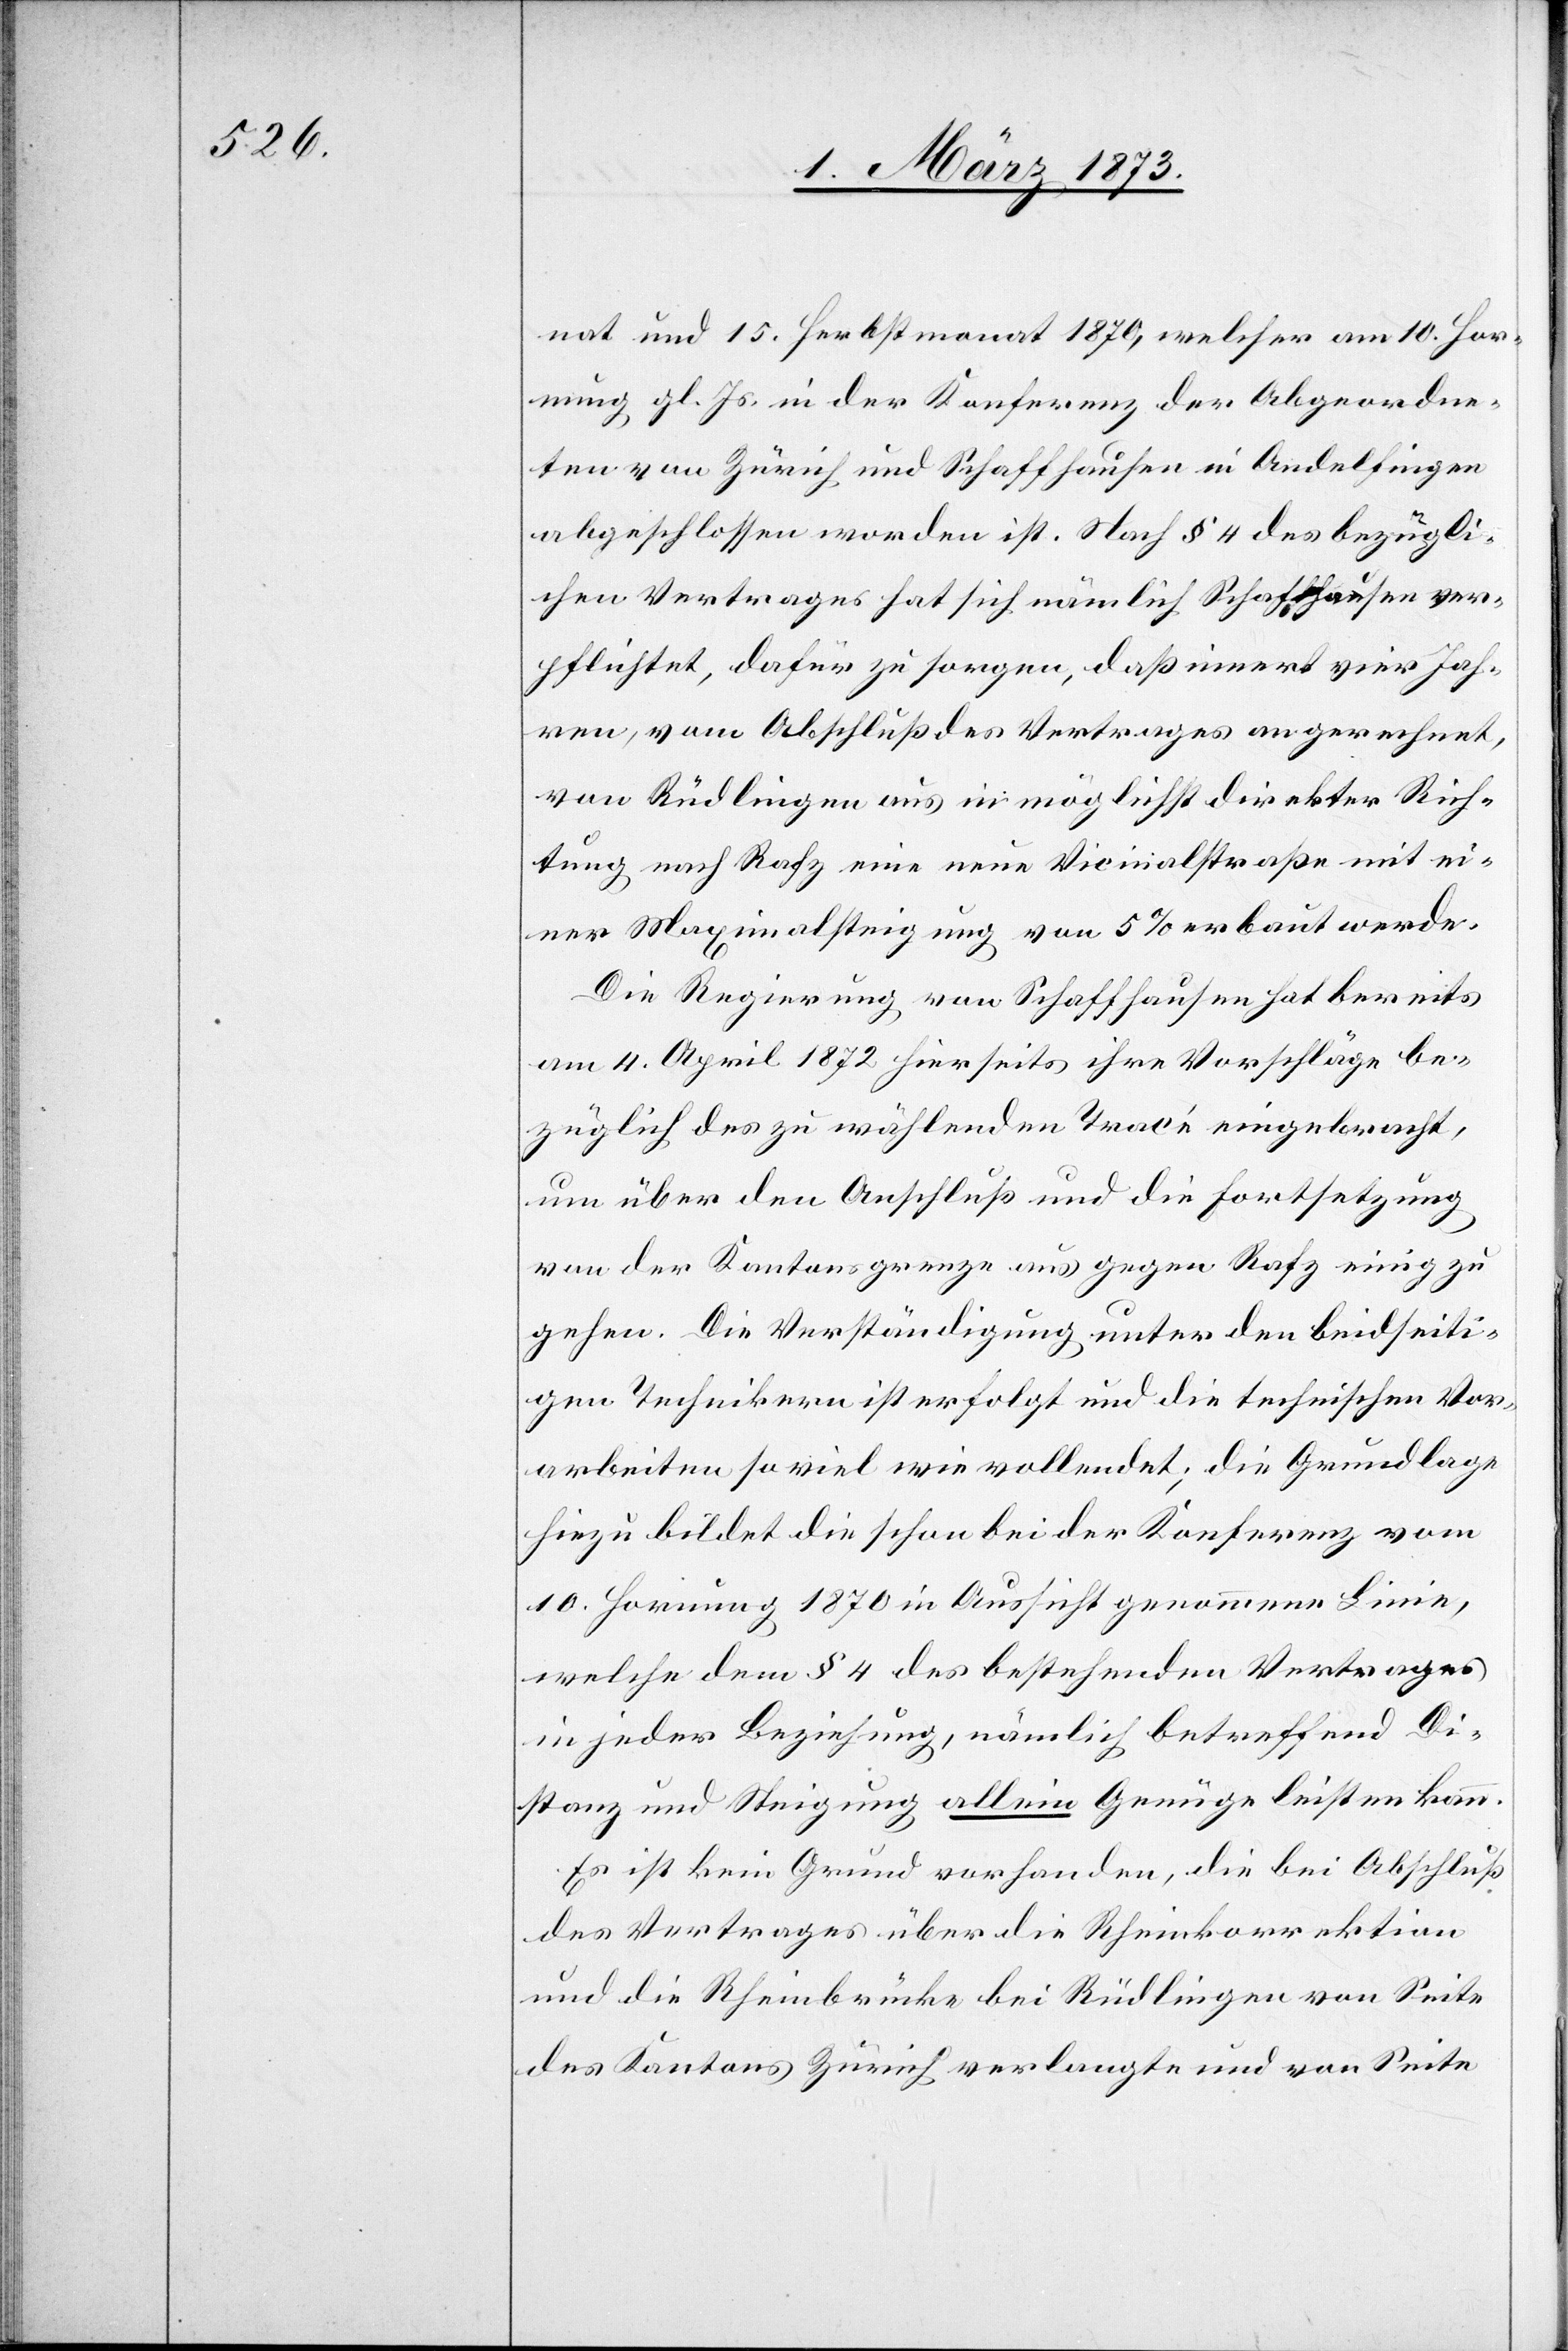
nat und 15. Herbstmonat 1870, welcher am 10. Hor¬
nung gl. Js. in der Konferenz der Abgeordne¬
ten von Zürich und Schaffhausen in Andelfingen
abgeschlossen worden ist. Nach § 4 des bezügli¬
chen Vertrages hat sich nämlich Schaffhausen ver¬
pflichtet, dafür zu sorgen, daß innert vier Jah¬
ren, vom Abschluß des Vertrages an gerechnet,
von Rüdlingen aus in möglichst direkter Rich¬
tung nach Rafz eine neue Vicinalstraße mit ei¬
ner Maximalsteigung von 5% erbaut werde.
Die Regierung von Schaffhausen hat bereits
am 4. April 1872 hierseits ihre Vorschläge be¬
züglich des zu wählenden Tracé eingebracht,
um über den Anschluß und die Fortsetzung
von der Kantonsgrenze aus gegen Rafz einig zu
gehen. Die Verständigung unter den beidseiti¬
gen Technikern ist erfolgt und die technischen Vor¬
arbeiten so viel wie vollendet; die Grundlage
hiezu bildet die schon bei der Konferenz vom
10. Hornung 1870 in Aussicht genommene Linie,
welche dem § 4 des bestehenden Vertrages
in jeder Beziehung, nämlich betreffend Di¬
stanz und Steigung allein Genüge leisten kann.
Es ist kein Grund vorhanden, die bei Abschluß
des Vertrages über die Rheinkorrektion
und die Rheinbrücke bei Rüdlingen von Seite
des Kantons Zürich verlangte und von Seite